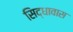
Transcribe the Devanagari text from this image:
सिद्धावास